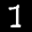
Label: 1